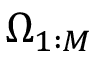
\Omega _ { 1 : M }